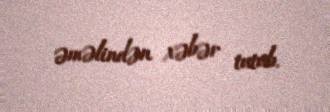
əməlindən xəbər tutub.